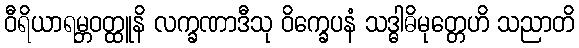
ဝီရိယာရမ္ဘဝတ္ထူနိ လက္ခဏာဒီသု ဝိက္ခေပနံ သဒ္ဓါဓိမုတ္တေဟိ သညာတိ